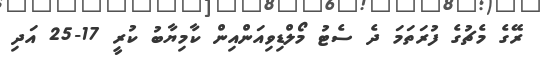
ރޭގެ މެޗުގެ ފުރަތަމަ ދެ ސެޓު މޯލްޑިވިއަންއިން ކާމިޔާބު ކުރީ 17-25 އަދި